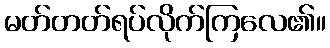
မတ်တတ်ရပ်လိုက်ကြလေ၏။